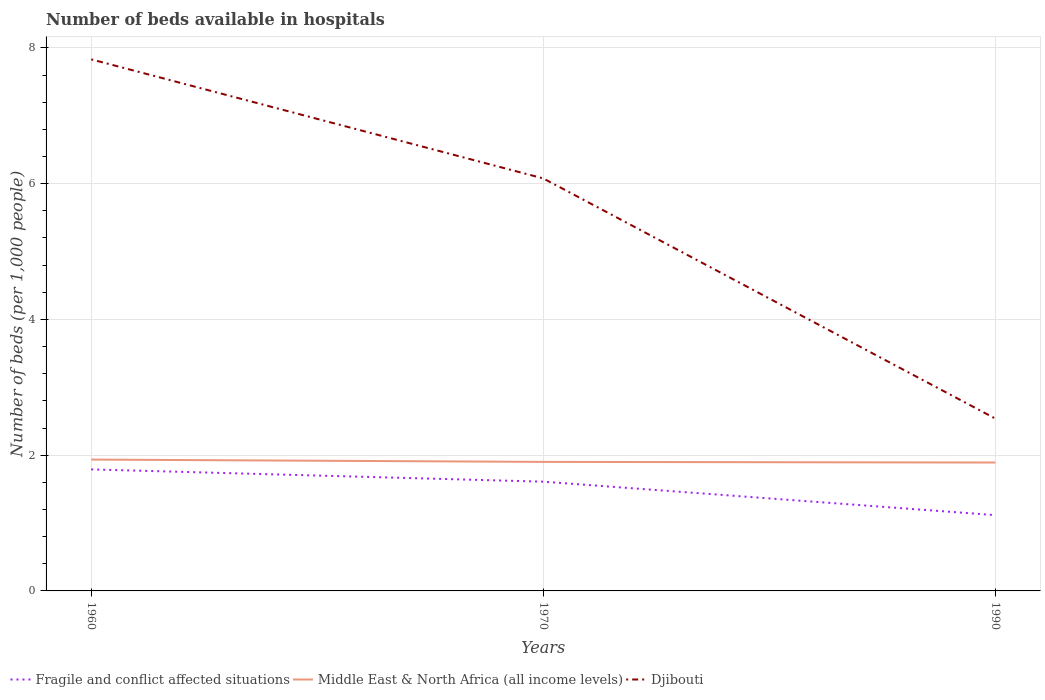
| Years | Fragile and conflict affected situations | Middle East & North Africa (all income levels) | Djibouti |
 | --- | --- | --- | --- |
 | 1960 | 1.79 | 1.94 | 7.83 |
 | 1970 | 1.61 | 1.9 | 6.08 |
 | 1990 | 1.12 | 1.89 | 2.54 |